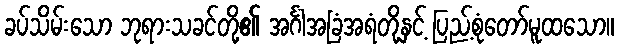
ခပ်သိမ်းသော ဘုရားသခင်တို့၏ အင်္ဂါအခြံအရံတို့နှင့် ပြည့်စုံတော်မူထသော။